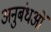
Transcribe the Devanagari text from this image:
अनुबंधओं